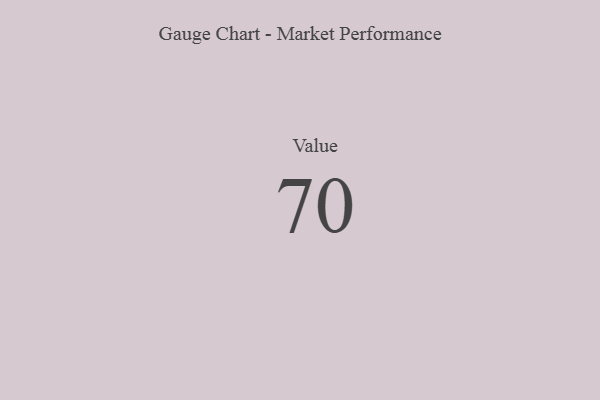
{"axis": {"x": "Metric", "y": "Value"}, "legend": [""], "data": [{"x": "Value", "y": 70, "type": ""}]}